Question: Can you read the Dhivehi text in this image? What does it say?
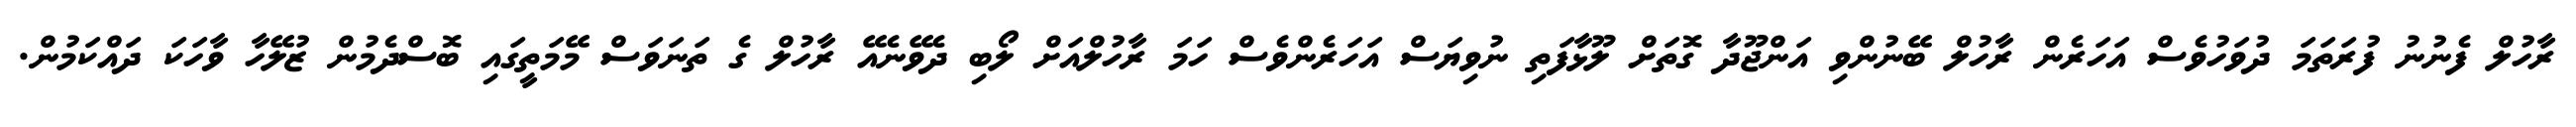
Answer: ރާހުލް ފެނުނު ފުރަތަމަ ދުވަހުވެސް އަހަރެން ރާހުލް ބޭނުންވި އަންޖޫދާ ގޮތަށް ލޫޅާފަތި ނުވިޔަސް އަހަރެންވެސް ހަމަ ރާހުލްއަށް ލޯބި ދެވޭނެއޭ ރާހުލް ގެ ތަނަވަސް މޭމަތީގައި ބޮސްދެމުން ޒުލޭހާ ވާހަކަ ދައްކަމުން.